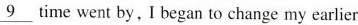
\underline{9} time went by, I began to change my carlier